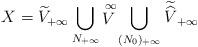
LaTeX: \begin{align*} X=\widetilde{V}_{+\infty}\bigcup_{N_{+\infty}}\mathop{V}\limits^{\infty}\bigcup_{(N_0)_{+\infty}}\widetilde{\widehat{V}}_{+\infty}\end{align*}